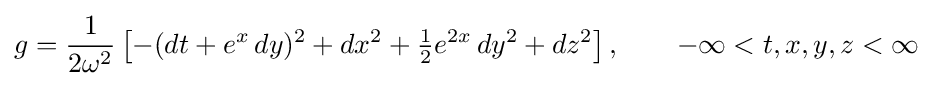
g={\frac {1}{2\omega ^{2}}}\left[-(dt+e^{x}\,dy)^{2}+dx^{2}+{\tfrac {1}{2}}e^{2x}\,dy^{2}+dz^{2}\right],\qquad -\infty <t,x,y,z<\infty